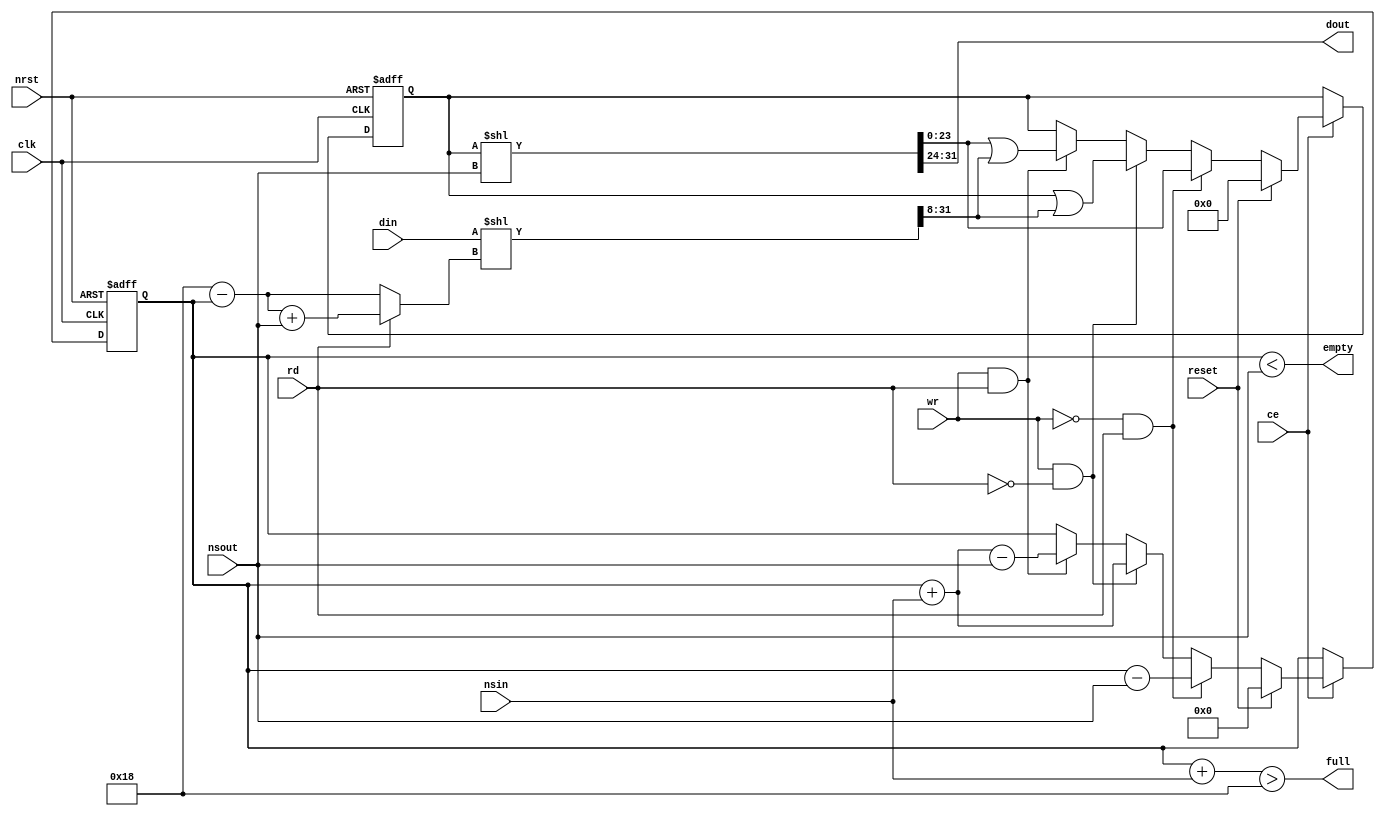
module sfifo_nto8 (
        clk         ,   
        ce          ,   
        nrst        ,   
        reset       ,   
        din         ,   
        dout        ,   
        rd          ,   
        wr          ,   
        full        ,   
        empty       ,   
        nsin        ,   
        nsout           
        ) ;
input           clk ;
input           ce ;
input           nrst ;
input           reset ;
input   [7:0]   din ;
output  [7:0]   dout ;
input           rd ;
input           wr ;
output          full ;
output          empty ;
input   [3:0]   nsin ;
input   [3:0]   nsout ;
reg     [23:0]  buffer ;        
reg     [5:0]   cnt ;           
wire    [31:0]  shift_out ;
wire    [31:0]  shift_in ;
wire    [5:0]   space_left ;
assign dout = shift_out [31:24] ;
assign full = (cnt + nsin) > 24 ;
assign empty = cnt < nsout ;
always @ (posedge clk or negedge nrst)
  if (~nrst)
    cnt <= 0 ;
  else if (ce)
  begin
    if (reset)
      cnt <= 0 ;
    else
    begin
      if (wr & rd)
        cnt <= cnt + nsin - nsout ;
      if (wr & ~rd)
        cnt <= cnt + nsin ;
      if (~wr & rd)
        cnt <= cnt - nsout ;
    end
  end
assign shift_out = {8'h0, buffer} << nsout ;  
assign space_left = rd ? 24 -cnt + nsout : 24 -cnt ;  
assign shift_in = {24'h0, din} << space_left ;
always @ (posedge clk or negedge nrst)
  if (~nrst)
    buffer <= 0 ;
  else if (ce)
  begin
    if (reset)
      buffer <= 0 ;
    else
    begin
      if (wr & rd)
        buffer <= shift_out [23:0] | shift_in [31:8] ;
      if (wr & ~rd)
        buffer <= buffer | shift_in [31:8] ;
      if (~wr & rd)
        buffer <= shift_out [23:0] ;
    end
  end  
endmodule